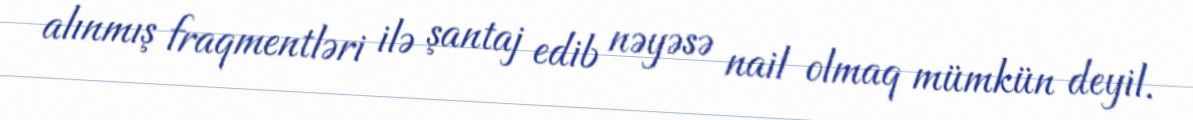
alınmış fraqmentləri ilə şantaj edib nəyəsə nail olmaq mümkün deyil.